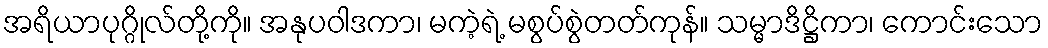
အရိယာပုဂ္ဂိုလ်တို့ကို။ အနုပဝါဒကာ၊ မကဲ့ရဲ့ မစွပ်စွဲတတ်ကုန်။ သမ္မာဒိဋ္ဌိကာ၊ ကောင်းသော